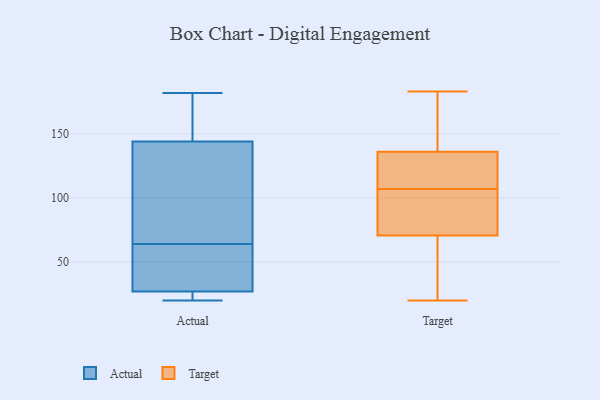
{"axis": {"x": "Latency (ms)", "y": "Value"}, "legend": ["Actual", "Target"], "data": [{"x": "", "y": 67, "type": "Actual"}, {"x": "", "y": 27, "type": "Actual"}, {"x": "", "y": 20, "type": "Actual"}, {"x": "", "y": 133, "type": "Actual"}, {"x": "", "y": 182, "type": "Actual"}, {"x": "", "y": 61, "type": "Actual"}, {"x": "", "y": 57, "type": "Actual"}, {"x": "", "y": 144, "type": "Actual"}, {"x": "", "y": 154, "type": "Actual"}, {"x": "", "y": 21, "type": "Actual"}, {"x": "", "y": 20, "type": "Target"}, {"x": "", "y": 69, "type": "Target"}, {"x": "", "y": 96, "type": "Target"}, {"x": "", "y": 156, "type": "Target"}, {"x": "", "y": 21, "type": "Target"}, {"x": "", "y": 107, "type": "Target"}, {"x": "", "y": 31, "type": "Target"}, {"x": "", "y": 175, "type": "Target"}, {"x": "", "y": 121, "type": "Target"}, {"x": "", "y": 76, "type": "Target"}, {"x": "", "y": 158, "type": "Target"}, {"x": "", "y": 136, "type": "Target"}, {"x": "", "y": 125, "type": "Target"}, {"x": "", "y": 183, "type": "Target"}, {"x": "", "y": 112, "type": "Target"}, {"x": "", "y": 136, "type": "Target"}, {"x": "", "y": 24, "type": "Target"}, {"x": "", "y": 92, "type": "Target"}, {"x": "", "y": 79, "type": "Target"}]}